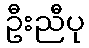
ဦးညီပု